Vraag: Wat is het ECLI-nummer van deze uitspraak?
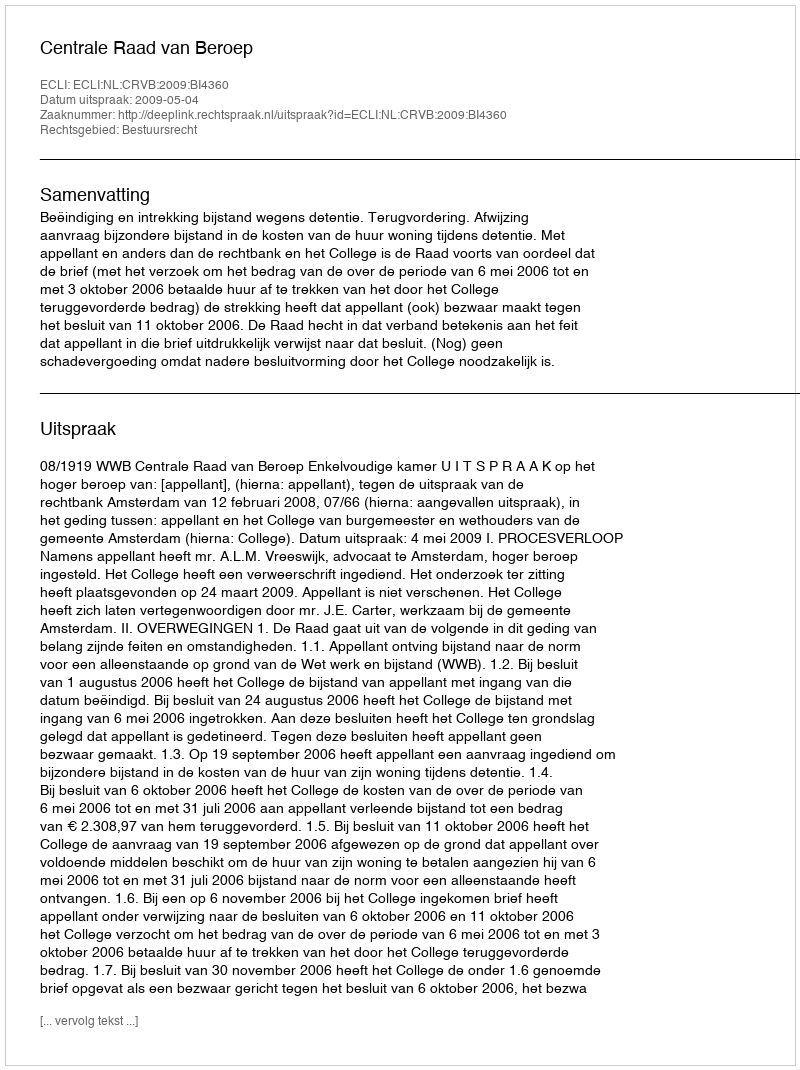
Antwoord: ECLI:NL:CRVB:2009:BI4360